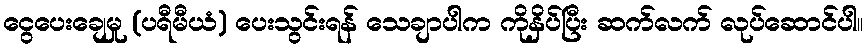
ငွေပေးချေမှု (ပရီမီယံ) ပေးသွင်းရန် သေချာပါက ကိုနှိပ်ပြီး ဆက်လက် လုပ်ဆောင်ပါ။